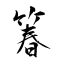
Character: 箺